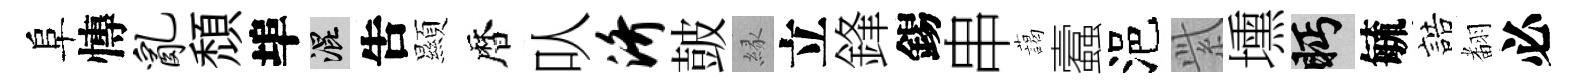
阜慱乱頹埠混吿顯暦㕥济皷縁立鋒錫串藹蠧浥𬗋壎眄毓誥𮋒必